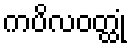
ကပိလဝတ္ထုံ